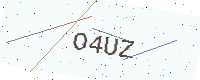
Text: O4UZ